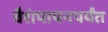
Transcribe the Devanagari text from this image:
वैशंपायनपर्यंत